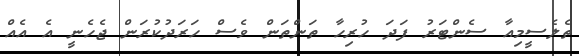
ތެލެސީމިއާ ސެންޓަރު ފަދަ ހުރިހާ ތަންތަން ވެސް ހަރަދުކުރަން ޖެހެނީ އެ އެއް